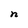
Character: n